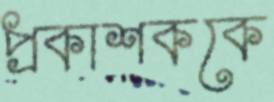
প্রকাশককে